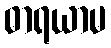
ဓာရယာမ